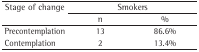
<table><thead><tr><td><b> Stage of change</b></td><td colspan="2"><b> Smokers</b></td></tr><tr><td></td><td><b> n</b></td><td><b> %</b></td></tr></thead><tbody><tr><td> Precontemplation</td><td>13</td><td>86.6%</td></tr><tr><td> Contemplation</td><td>2</td><td>13.4%</td></tr></tbody></table>